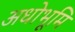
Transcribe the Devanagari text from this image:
अधोभूमि